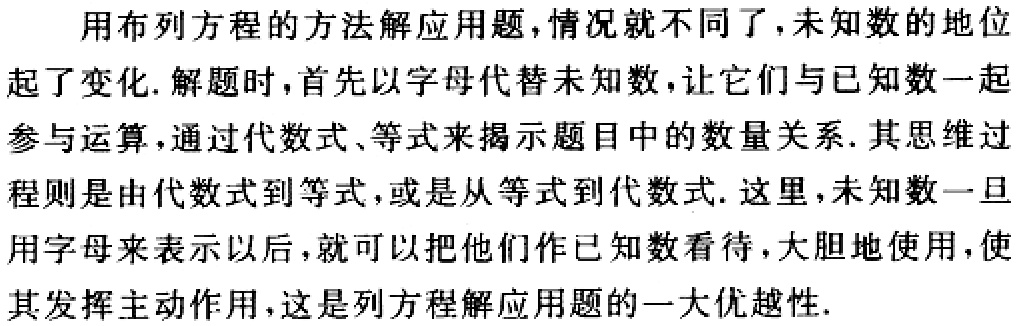
用布列方程的方法解应用题,情况就不同了,未知数的地位
起了变化. 解题时,首先以字母代替未知数,让它们与已知数一起
参与运算,通过代数式、等式来揭示题目中的数量关系. 其思维过
程则是由代数式到等式,或是从等式到代数式. 这里,未知数一旦
用字母来表示以后,就可以把他们作已知数看待,大胆地使用,使
其发挥主动作用,这是列方程解应用题的一大优越性.